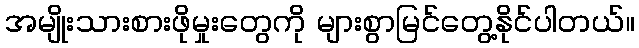
အမျိုးသားစားဖိုမှုးတွေကို များစွာမြင်တွေ့နိုင်ပါတယ်။